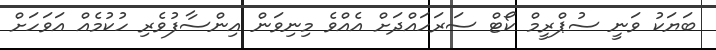
ބަޔަކު ވަނީ ސުޕްރީމް ކޯޓް ސަރަހައްދަށް އެއްވެ މިނިވަން އިންސާފުވެރި ހުކުމެއް އަވަހަށް